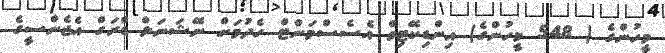
މީހުންގެ ( 548 މީހުންގެ) އިންޑިކޭޓިވް އެސެސްމަންޓް ހެދުމަށް ނޭޝަނަލް ޑްރަގް އެޖެންސީގެ